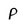
Character: P